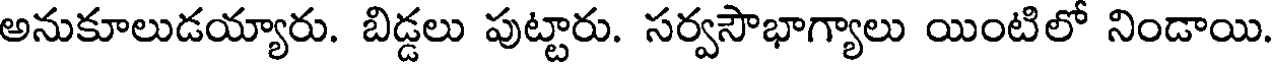
అనుకూలుడయ్యారు. బిడ్డలు పుట్టారు. సర్వసౌభాగ్యాలు యింటిలో నిండాయి.